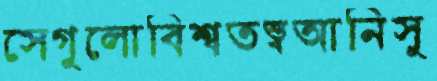
সেগুলোবিশ্বতত্ত্বআনিসু